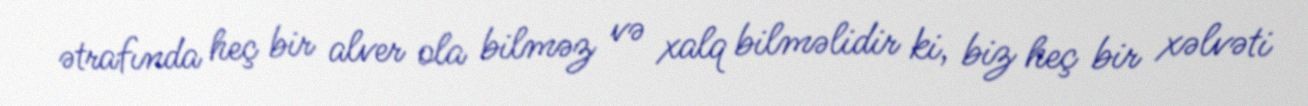
ətrafında heç bir alver ola bilməz və xalq bilməlidir ki, biz heç bir xəlvəti